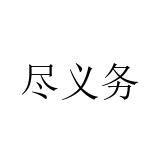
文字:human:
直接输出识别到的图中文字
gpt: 尽义务